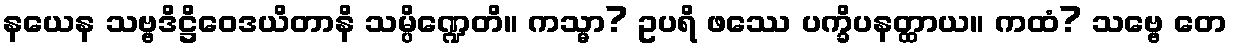
နယေန သဗ္ဗဒိဋ္ဌိဝေဒယိတာနိ သမ္ပိဏ္ဍေတိ။ ကသ္မာ? ဥပရိ ဖဿေ ပက္ခိပနတ္ထာယ။ ကထံ? သဗ္ဗေ တေ